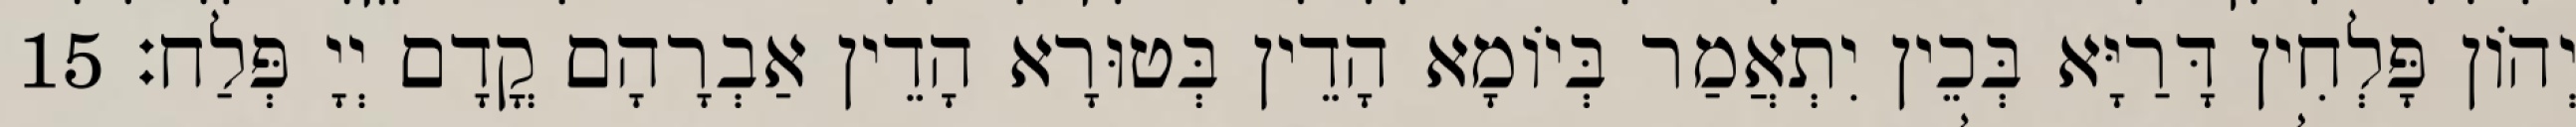
יְהוֹן פָּלְחִין דָּרַיָּא בְּכֵין יִתְאֲמַר בְּיוֹמָא הָדֵין בְּטוּרָא הָדֵין אַבְרָהָם קֳדָם יְיָ פְּלַח׃ 15